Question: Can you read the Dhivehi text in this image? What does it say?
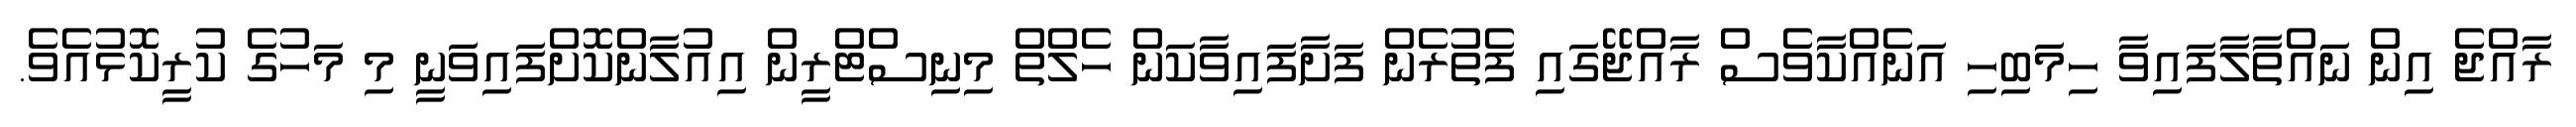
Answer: ރާއްޖެ އިން ނައްތާލާފައިވާ ހިމަބިހި އަނެއްކާވެސް ރާއްޖޭގައި ފެތުރެން ފަށާފައިވާކަން ހެލްތް މިނިސްޓްރީން އިއުލާންކޮށްފައިވަނީ މި މަހުގެ ކުރީކޮޅުއެވެ.